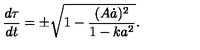
\frac { d \tau } { d t } = \pm \sqrt { 1 - \frac { ( A \dot { a } ) ^ { 2 } } { 1 - k a ^ { 2 } } } .